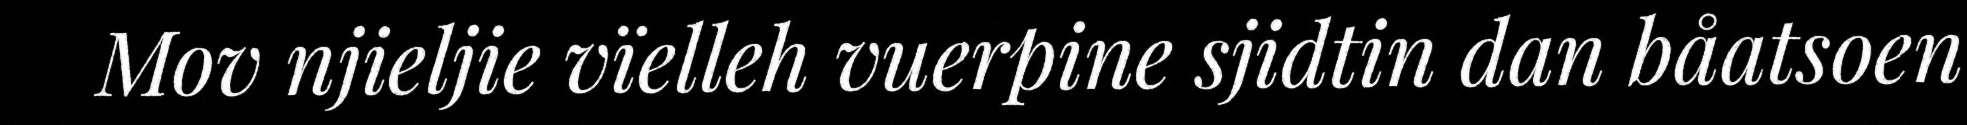
Mov njieljie vïelleh vuerpine sjidtin dan båatsoen